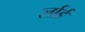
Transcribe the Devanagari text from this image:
र्लार्ड